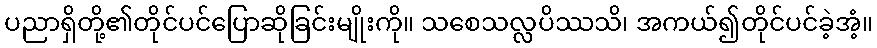
ပညာရှိတို့၏တိုင်ပင်ပြောဆိုခြင်းမျိုးကို။ သစေသလ္လပိဿသိ၊ အကယ်၍တိုင်ပင်ခဲ့အံ့။